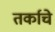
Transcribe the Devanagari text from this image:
तर्काचे